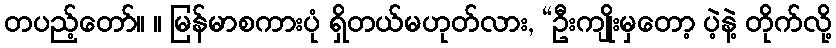
တပည့်တော်။ ။ မြန်မာစကားပုံ ရှိတယ်မဟုတ်လား, “ဦးကျိုးမှတော့ ပဲ့နဲ့ တိုက်လို့